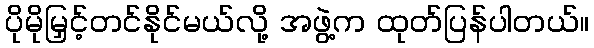
ပိုမိုမြှင့်တင်နိုင်မယ်လို့ အဖွဲ့က ထုတ်ပြန်ပါတယ်။